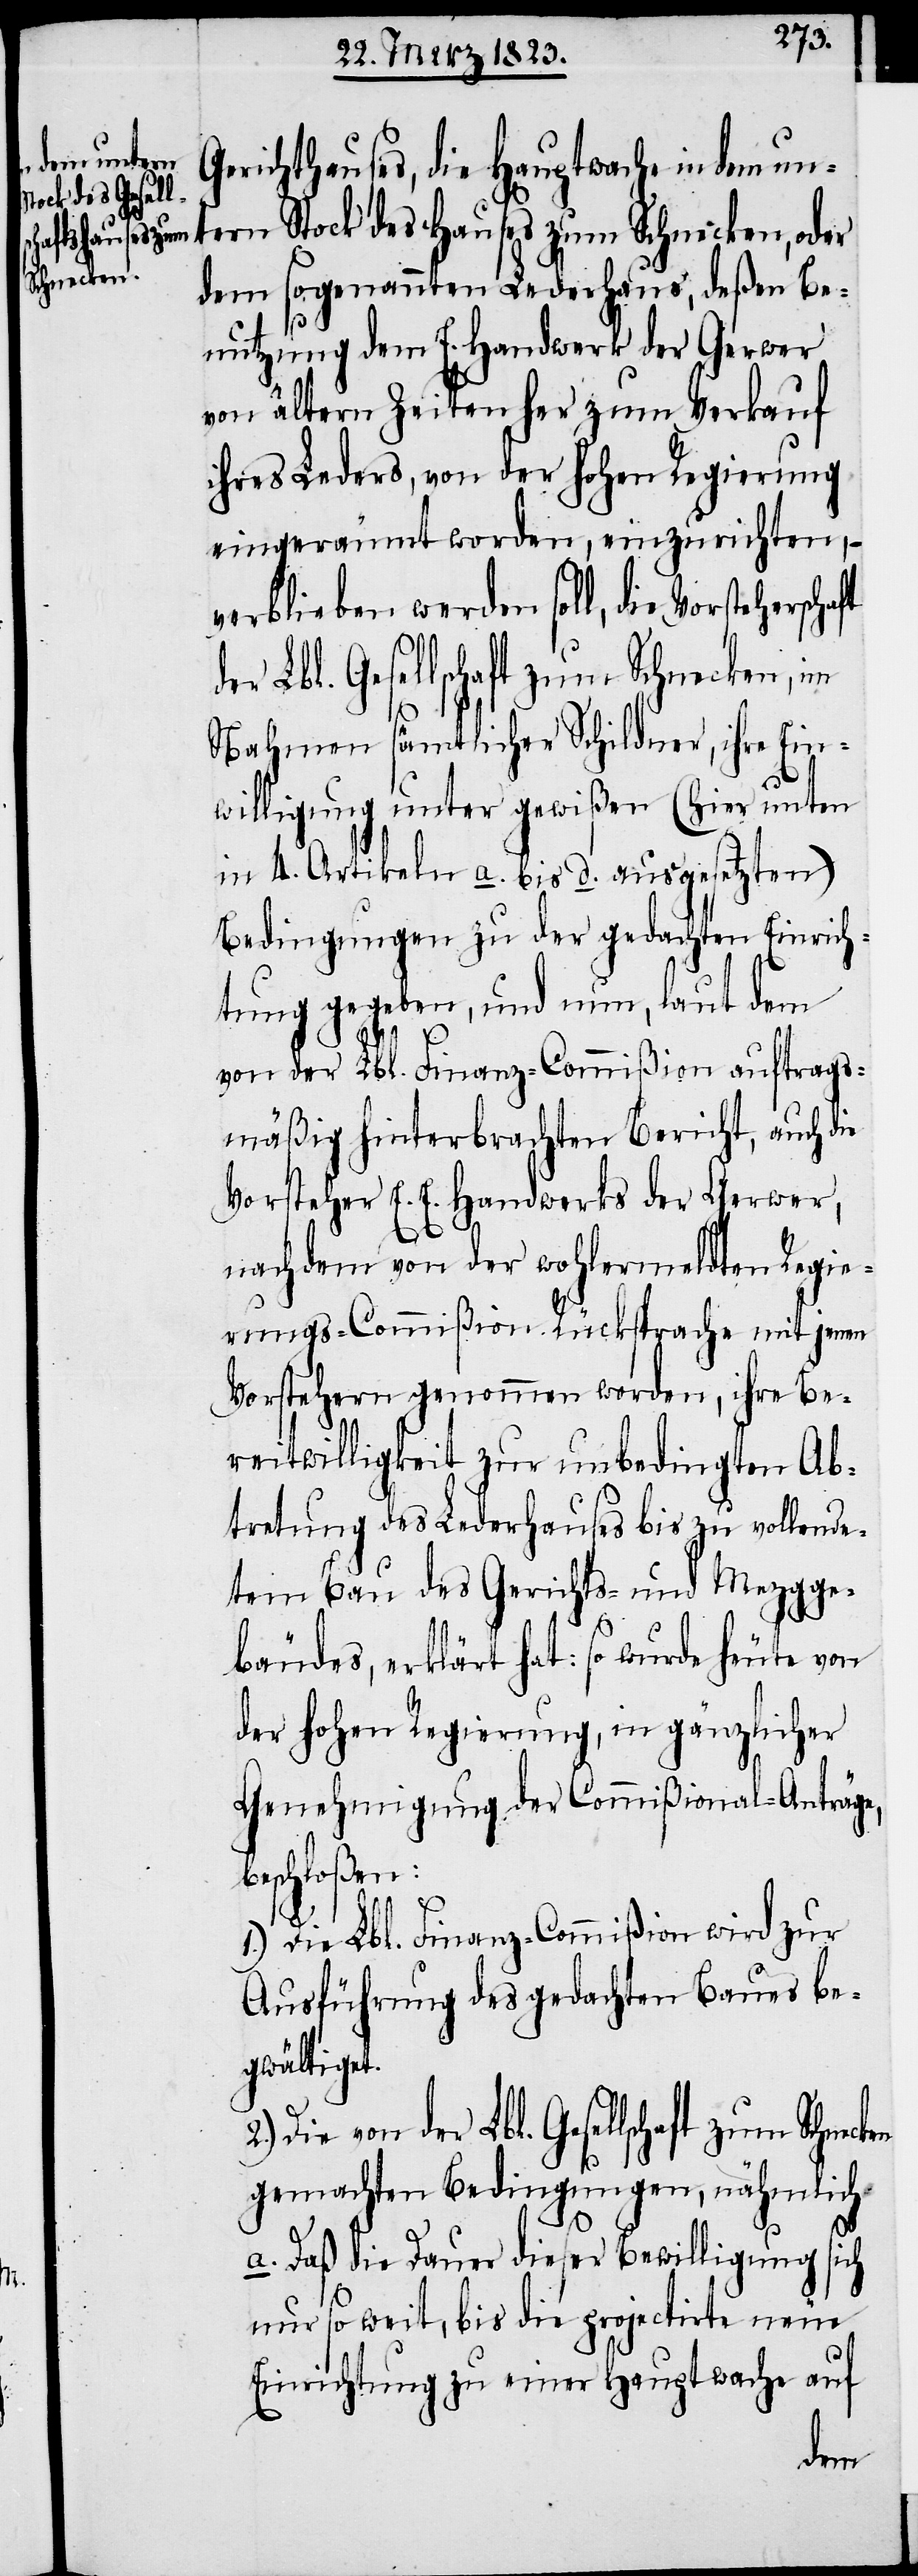
Gerichthauses, die Hauptwache in dem unt¬
ern Stock des Hauses zum Schnecken, oder
dem sogenannten Lederhaus, deßen Be¬
nutzung dem E. Handwerk der Gerwer
von ältern Zeiten her zum Verkauf
ihres Leders, von der hohen Regierung
eingeräumt worden, einzurichten, –
verblieben werden soll, die Vorstehersch¬
Lbl. Gesellschaft zum Schnecken
Nahmen sämtlicher Schildner, ihre Ein¬
willigung unter gewißen (hier unten
in 4. Artikeln a. bis d. ausgesetzten)
Bedingungen zu der gedachten Einrich¬
tung gegeben, und nun, laut dem
von der Lbl. Finanz-Commißion auftrags¬
mäßig hinterbrachten Bericht, auch die
Vorsteher E. E. Handwerks der Gerwer,
nachdem von der wohlermeldten Regie¬
rungs-Commißion Rücksprache mit jenen
Vorstehern genommen worden, ihre Be¬
reitwilligkeit zur unbedingten Ab¬
tretung des Lederhauses bis zu vollende¬
tem Bau des Gerichts- und Mezgge¬
bäudes, erklärt hat: so wurde heute von
der hohen Regierung, in gänzlicher
Genehmigung der Commißional-Anträge,
beschloßen:
von
1.) Die Lbl. Finanz-Commißion wird zur
Ausführung des gedachten Baues be¬
gwältiget.
gemachten Bedingungen, nähmlich
a. Daß die Dauer dieser Bewilligung sich
nur so weit, bis die projectirte neue
Einrichtung zu einer Hauptwache auf
der